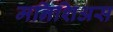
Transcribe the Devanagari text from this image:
मनिशिअस